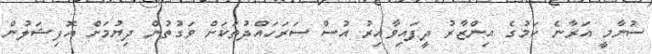
ސުނާމީ އަރާނެ ކަމުގެ އިންޒާރު ދީފައިވާއިރު އުސް ސަރަހައްދުތަކަށް ވަގުތުން ދިޔުމަށް އޮފިޝަލުން